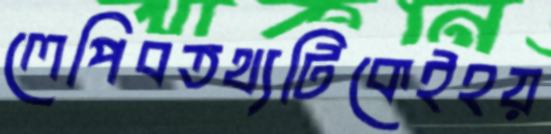
লেপিবতথ্যটিকেইহয়